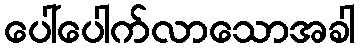
ပေါ်ပေါက်လာသောအခါ